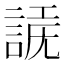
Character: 𧩗